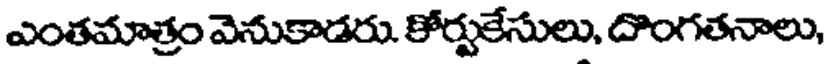
ఎంతమాత్రం వెనుకాడరు. కోర్టుకేసులు, దొంగతనాలు,